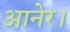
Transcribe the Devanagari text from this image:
आनेर।